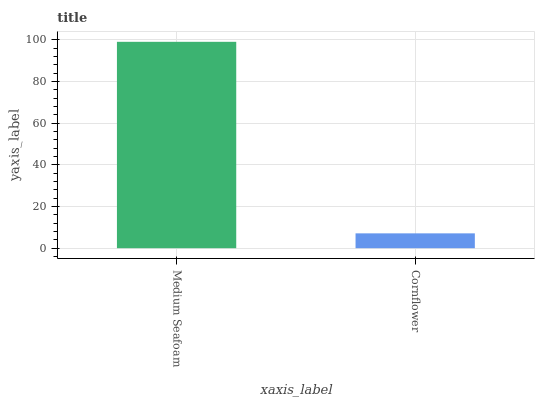
| xaxis_label | bars |
 | --- | --- |
 | Medium Seafoam | 99 |
 | Cornflower | 7.12 |